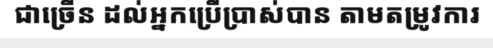
ជាច្រើន ដល់អ្នកប្រើប្រាស់បាន តាមតម្រូវការ